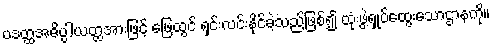
ပဒတ္ထအဓိပ္ပါယတ္ထအားဖြင့် ဖြေထွင် ရှင်းလင်းနိုင်ခဲ့သည်ဖြစ်၍ ထုံးဖွဲ့ရှုပ်ထွေးသောဌာနကို။